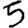
Digit: 5